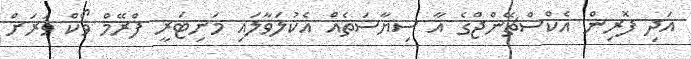
އަދި ފޮރިން އެކްސްޗޭންޖްގެ އާ ސިޔާސަތެއް އެކުލަވާލައި މަނިޓަރީ ފްރޭމް ވޯކް ވަރަށް